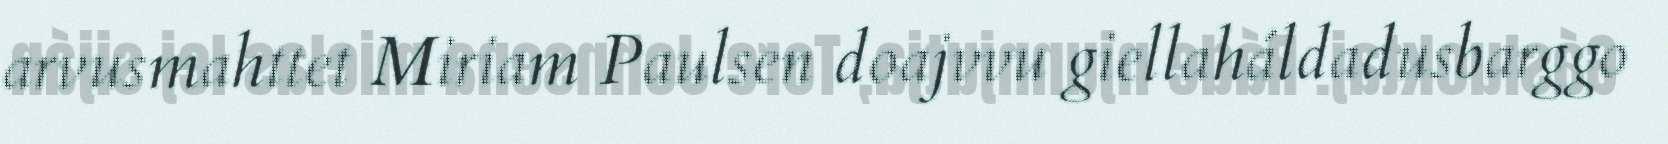
arvusmahttet Miriam Paulsen doajvvu giellaháldadusbarggo